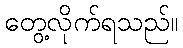
တွေ့လိုက်ရသည်။